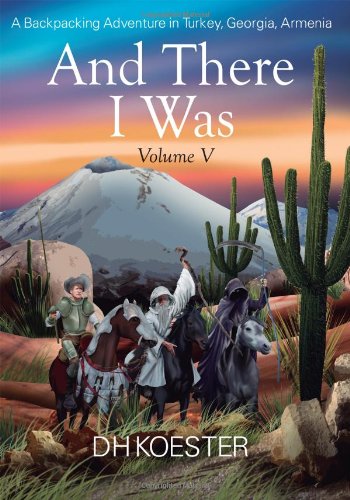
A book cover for And There I Was, Volume V: A Backpacking Adventure In Turkey, Georgia, Armenia; DH Koester; Travel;